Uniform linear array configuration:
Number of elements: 48
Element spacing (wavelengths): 0.75
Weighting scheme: cosine
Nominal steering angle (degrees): -45
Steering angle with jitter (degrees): -43.91
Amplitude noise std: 0.05
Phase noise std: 0.05

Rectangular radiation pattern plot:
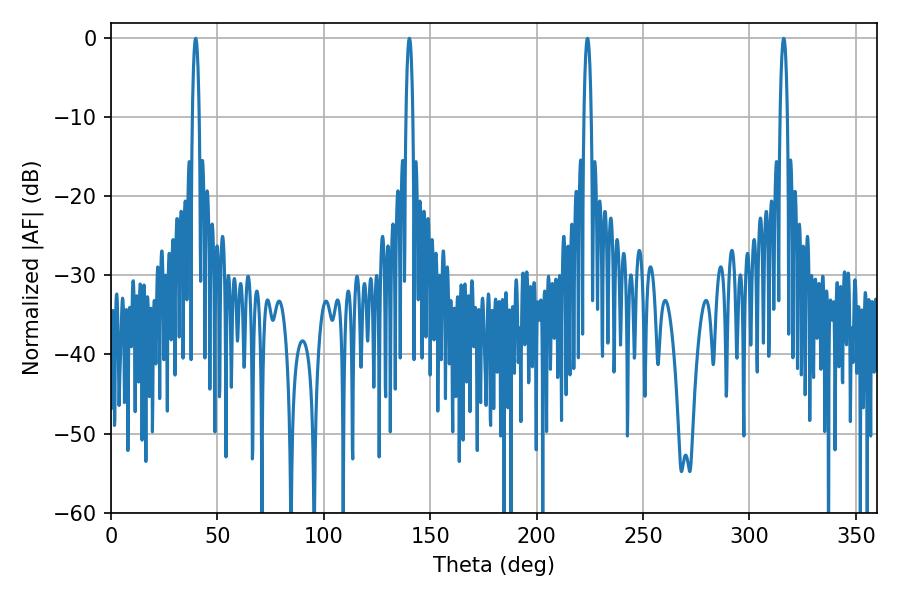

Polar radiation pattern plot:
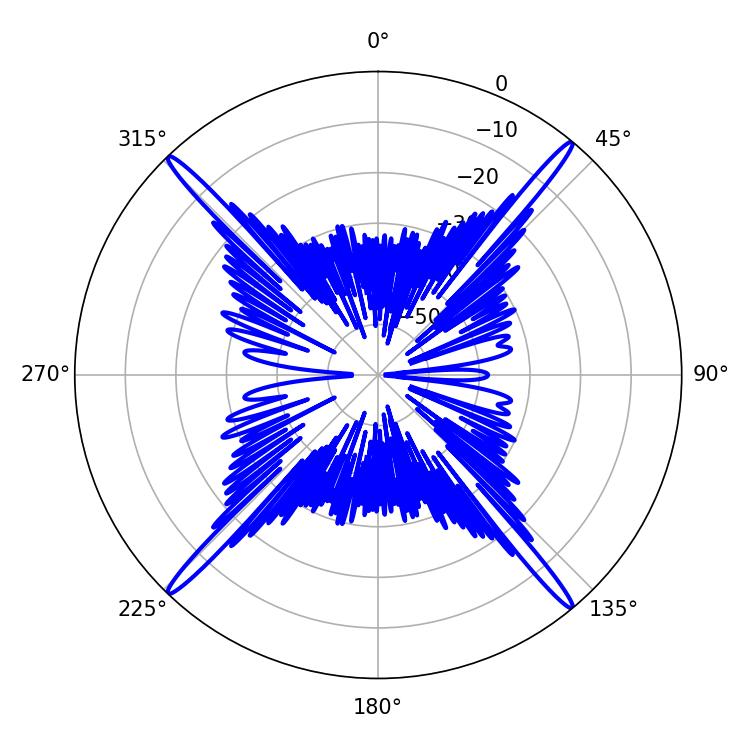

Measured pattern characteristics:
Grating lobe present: TRUE
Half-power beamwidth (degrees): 1.8
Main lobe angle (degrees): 39.78